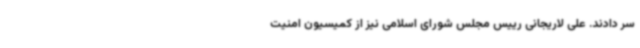
سر دادند. علی لاریجانی رییس مجلس شورای اسلامی نیز از کمیسیون امنیت